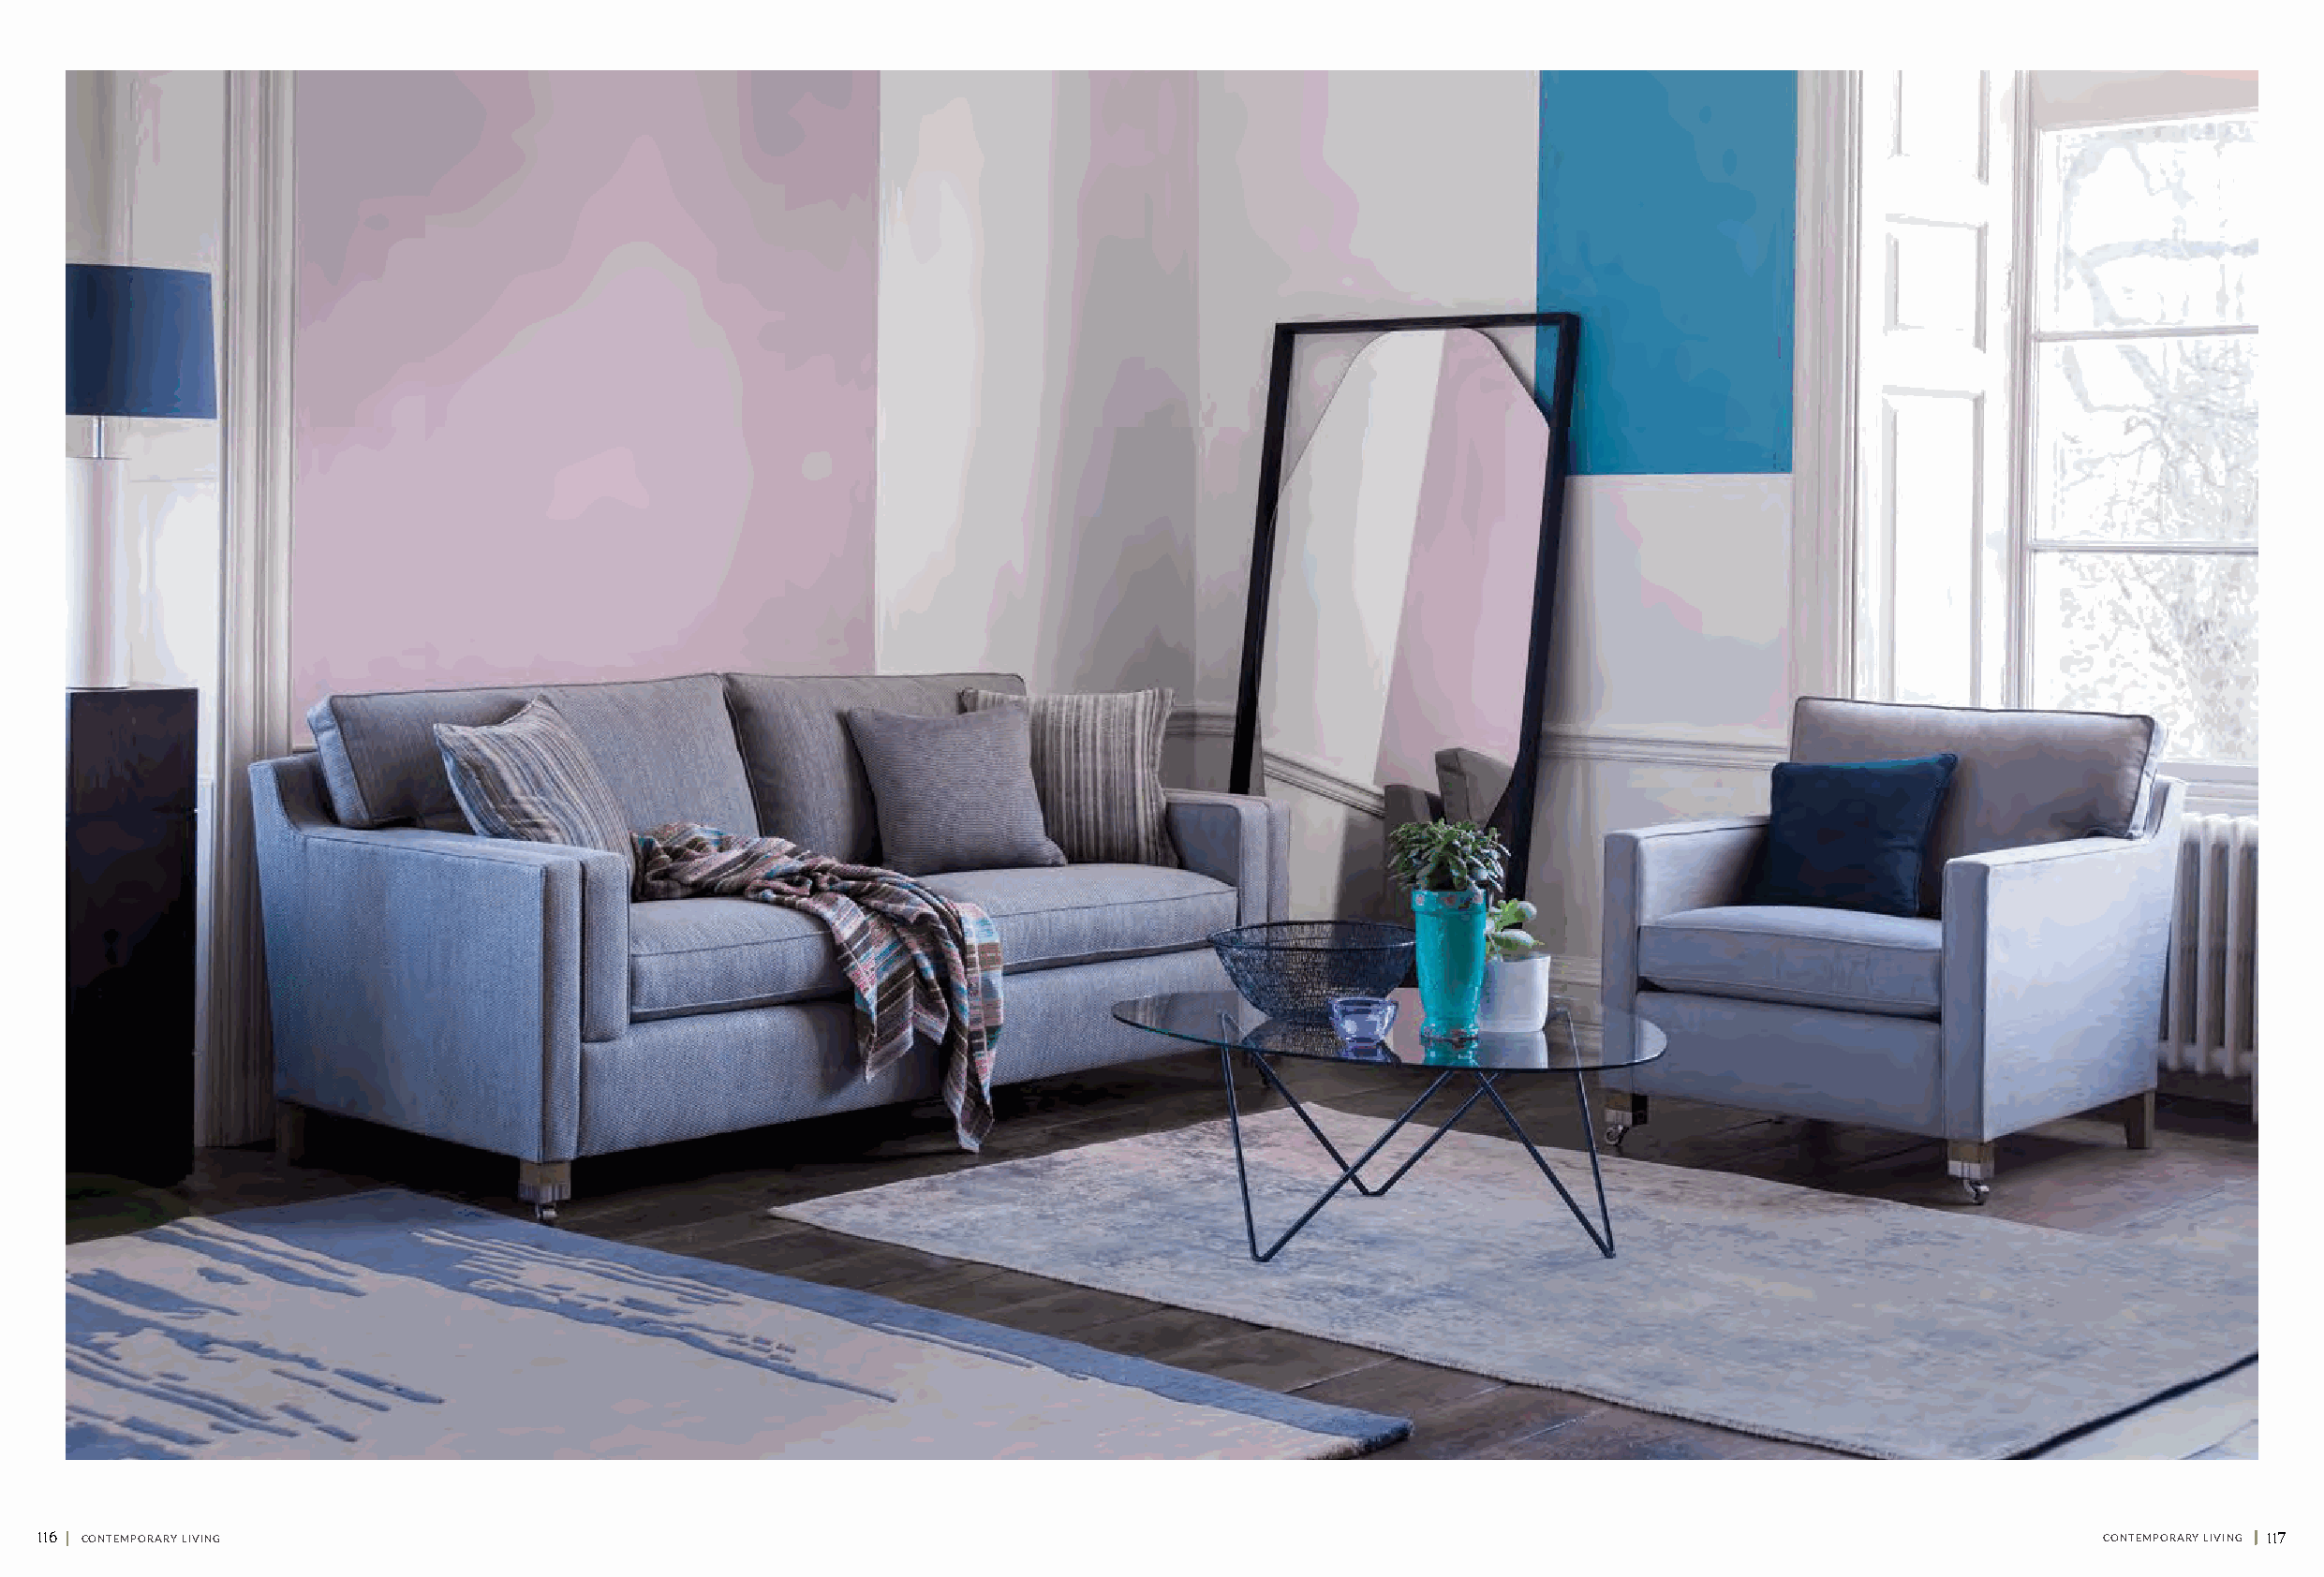
116 || CONTEMPORARY LIVING                                                                                                                        CONTEMPORARY LIVING || 117